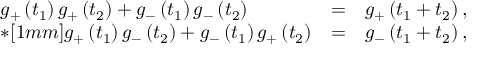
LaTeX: \begin{array} { l l l } { { g _ { + } \left( t _ { 1 } \right) g _ { + } \left( t _ { 2 } \right) + g _ { - } \left( t _ { 1 } \right) g _ { - } \left( t _ { 2 } \right) } } & { { = } } & { { g _ { + } \left( t _ { 1 } + t _ { 2 } \right) , } } \\ { { * [ 1 m m ] g _ { + } \left( t _ { 1 } \right) g _ { - } \left( t _ { 2 } \right) + g _ { - } \left( t _ { 1 } \right) g _ { + } \left( t _ { 2 } \right) } } & { { = } } & { { g _ { - } \left( t _ { 1 } + t _ { 2 } \right) , } } \end{array}